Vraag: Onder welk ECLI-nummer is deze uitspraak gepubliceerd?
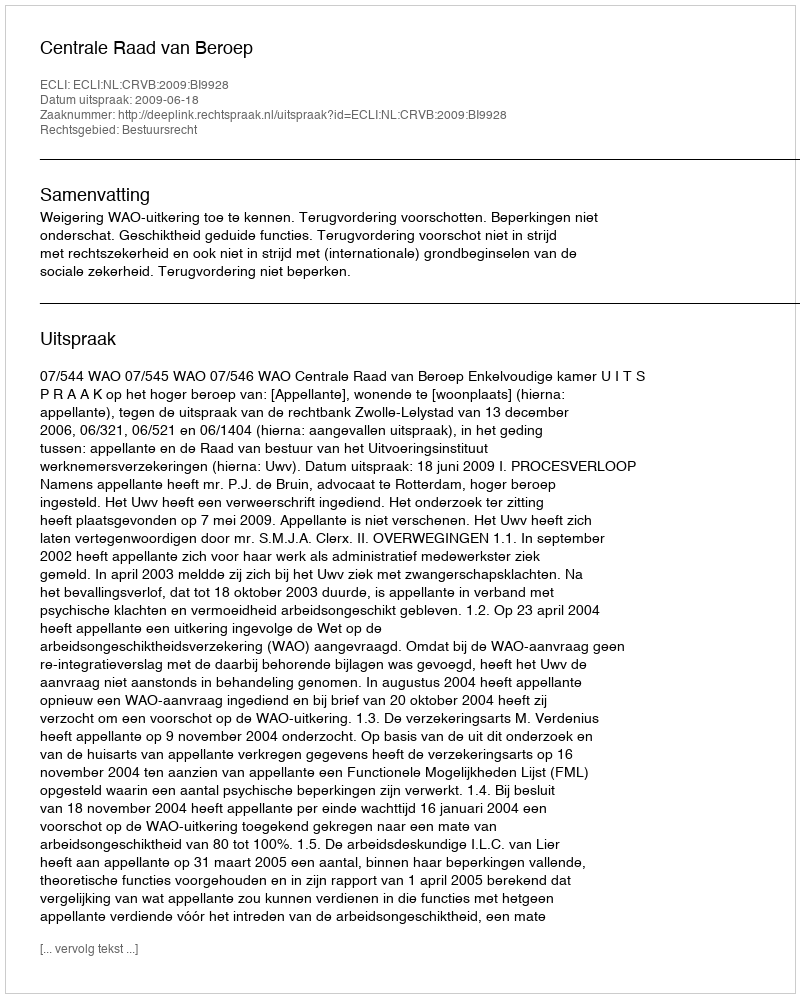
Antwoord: ECLI:NL:CRVB:2009:BI9928